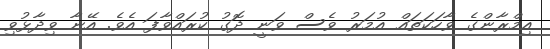
އިމްރާންގެ ވާހަކަތައް އުމަރު ވެސް ވަނީ ދޮގު ކުރައްވާފަ އެވެ. އޭނާ ވިދާޅުވި